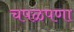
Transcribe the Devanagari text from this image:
चपळपणा